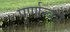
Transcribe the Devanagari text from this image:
पुर्णान्कों